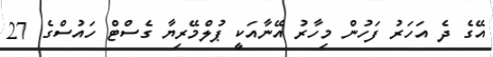
އޭގެ ދެ އަހަރު ފަހުން މިހާރު އޭނާއަކީ ޕުލްމޭރިޔާ ގެސްޓް ހައުސްގެ 27